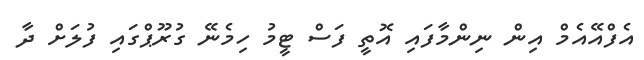
އެފްއޭއެމް އިން ނިންމާފައި އޮތީ ފަސް ޓީމު ހިމެނޭ ގުރޫޕްގައި ފުލަށް ދާ